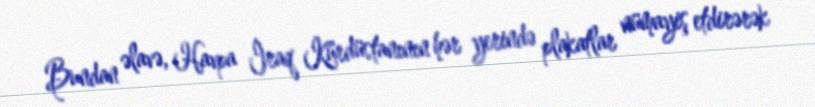
Bundan əlavə, Havpa İraq Kürdüstanının hər yerində plakatlar nümayiş etdirərək